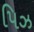
પિઝ